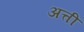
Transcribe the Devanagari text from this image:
अत्ती